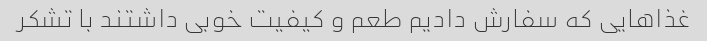
غذاهایی که سفارش دادیم طعم و کیفیت خوبی داشتند با تشکر